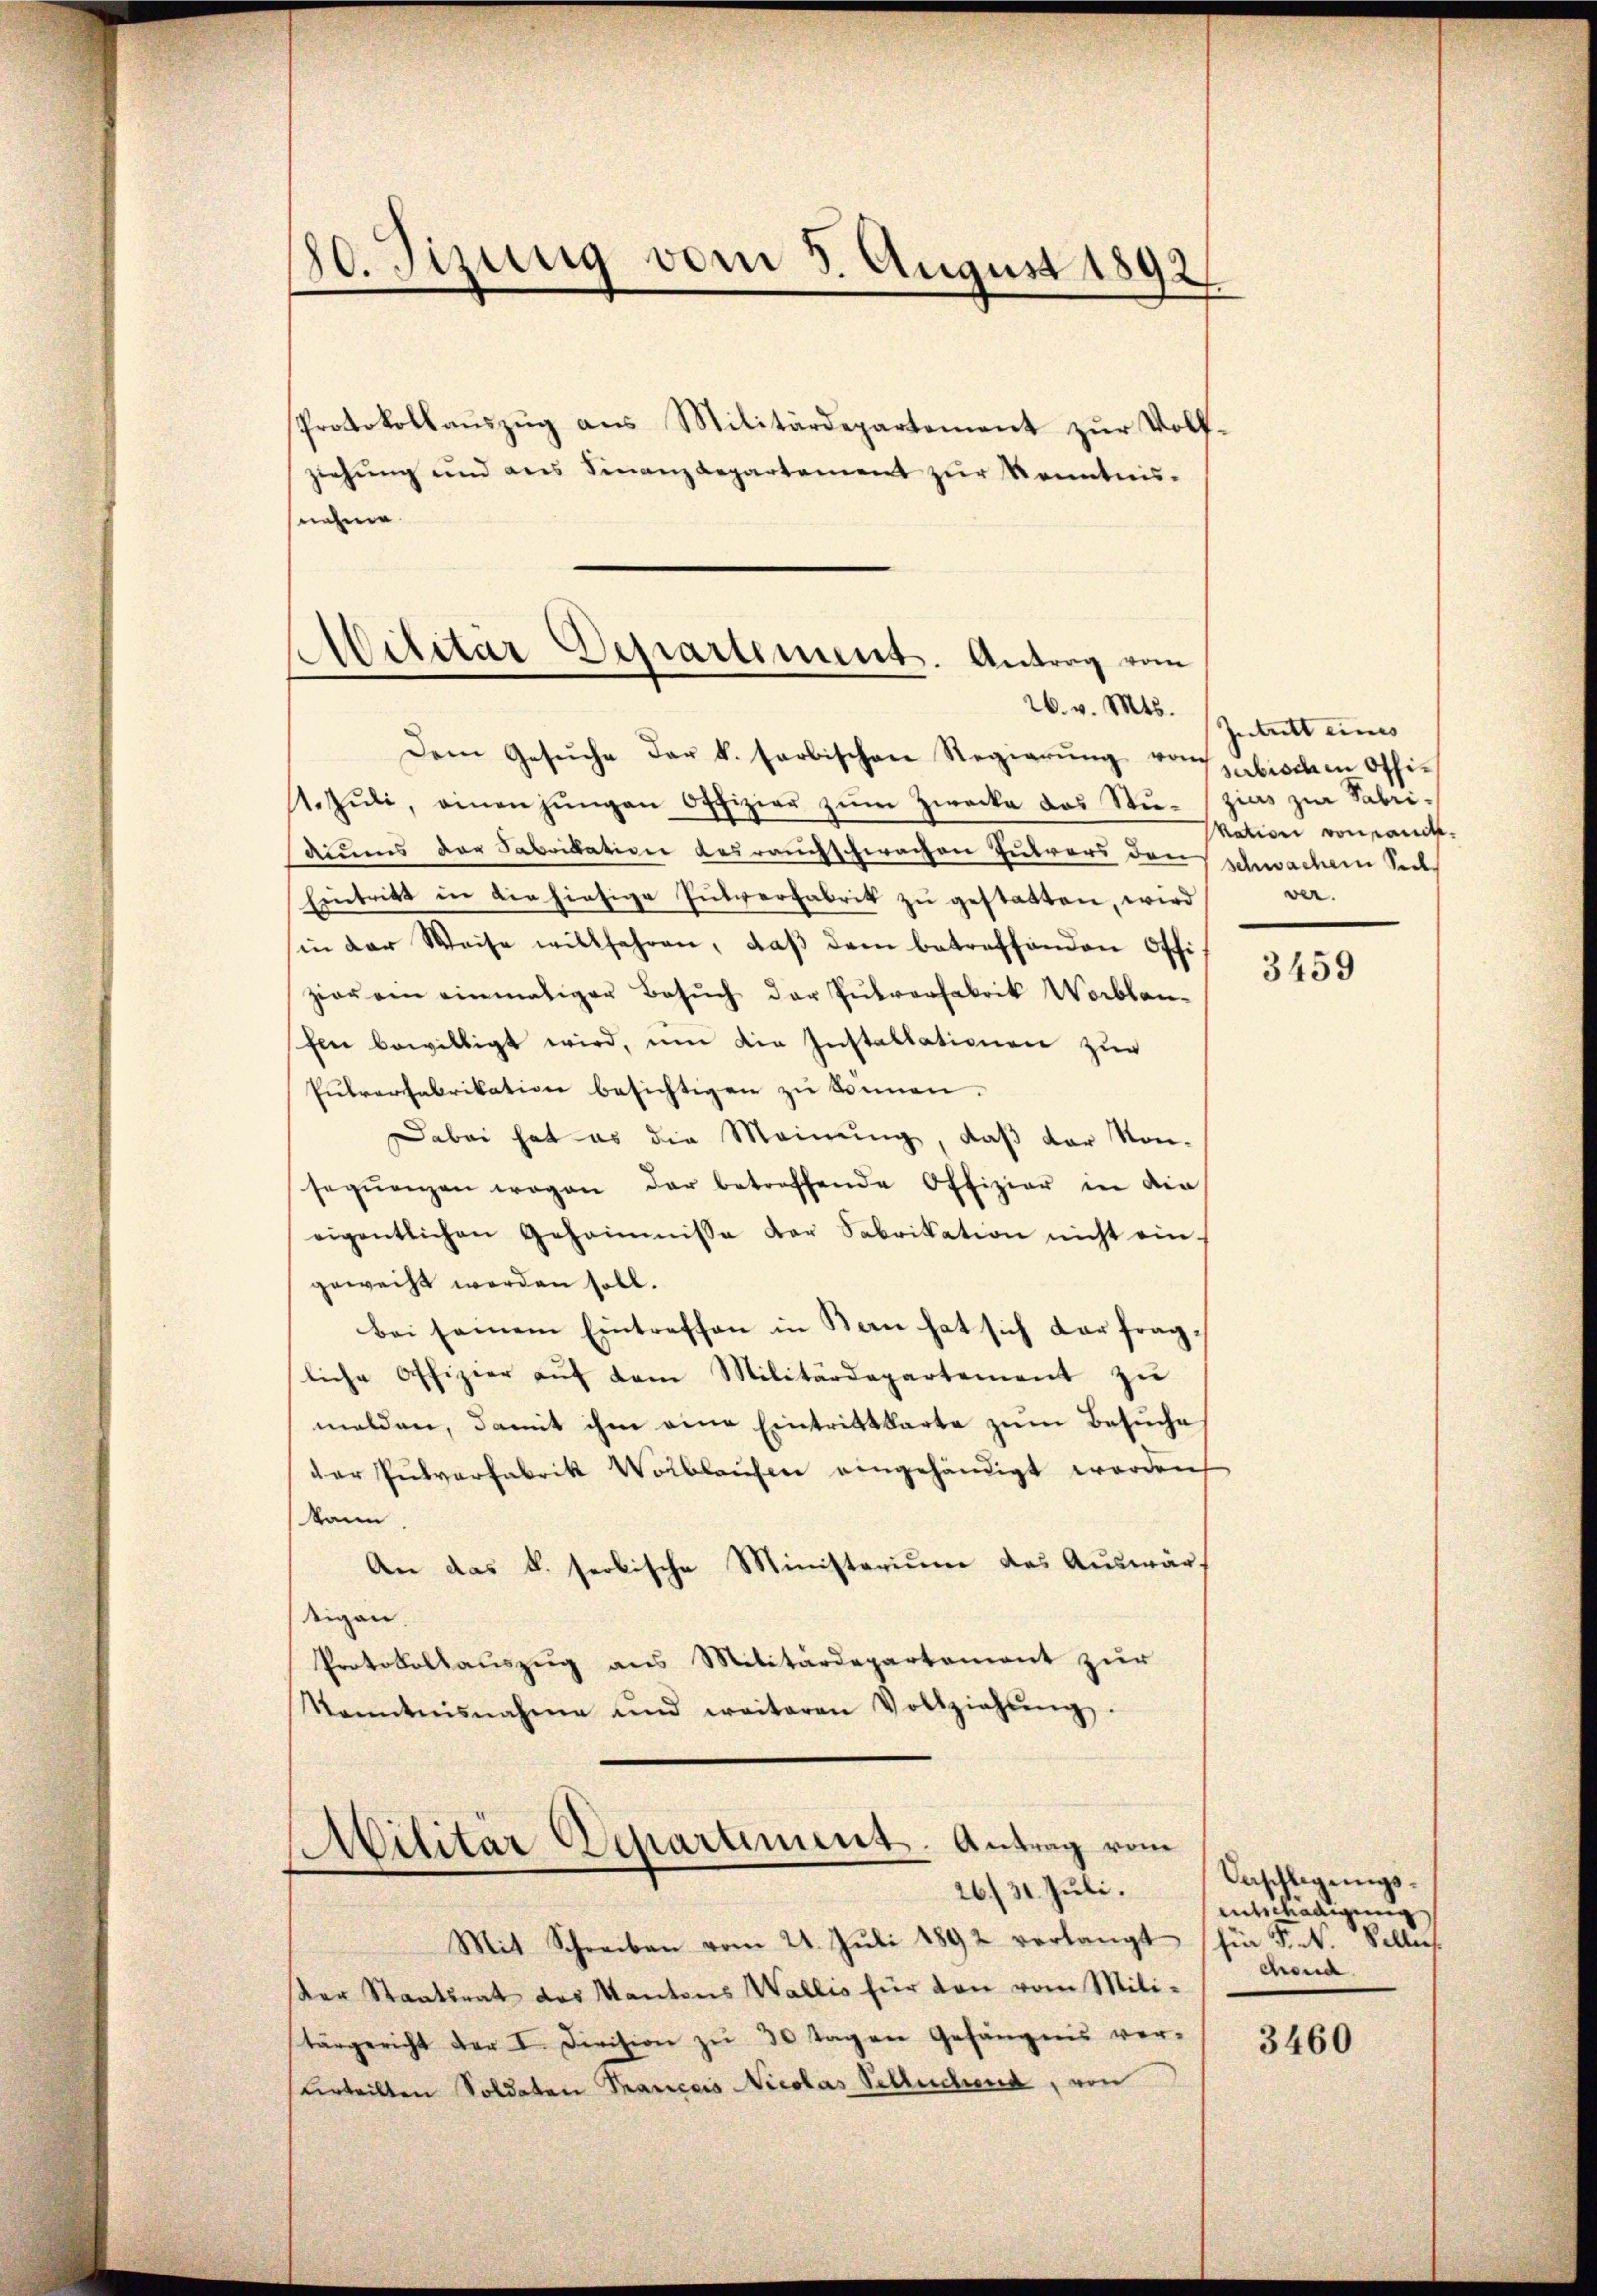
80. Tizung vom 3. August 1892
Protokollaŭszŭg ans Militärdepartement zŭr Volf-
ziehŭng und ans Finanzdepartement zŭr Kenntnis-
nehme

e
Dilitar Departement. Antrag vom
26. v. Mts.

Dem Gesŭche der k. farbischen Regierŭng vom
1. Jŭli, einen jungen Offizier zŭm Zwecke das Stŭ-zias zur Fabri¬
Aiums der Fabrikation des rauchschwachen Zutrars den schwachem Seel¬
Eintritt in verhiesige Futverfabrik zu gestatten, wird
sin der Weise willfahren, daβ dem betreffenden Offizier ein einmaliger Besuch der Pulverfabrik Worblan-
fen bewilligt wird, um die Installationen zur
Pulverfabrikation besichtigen zu können.
Dabei hat es die Meinung, daß der Kon-
seqŭenzen wegen der betreffende Offizier in die
eigentlichen Geheimnisse der Fabrikation nicht ein.
geweiht werden soll.
bei seinem Eintreffen in Bern hat sich dar fragliche Offizier aŭf dem Militärdepartement zu
melden, damit ihm eine Eintrittkarte zum Besuche
der Pulverfabrik Volblaufen eingehändigt worden
Wann
An das k. seolische Ministerium des Auswärdeigen
Protokollaŭszŭg ans Militärdepartement zŭr
Monntnisnahme und weiteren Vollziehŭng.

Militär Departiment. Antrag vom
26./31. Juli.

Mit Schreiben vom 21. Jŭli 1892 verlangt hin 5. N. Solle.
er Staatsrat des Kantons Wallis für den vom Mili-
tärgericht der I. Division zŭ 30 Tagen Gefängnis ver-
Urteilten Soldaten Prances Nicolas Schluchend, von

Intritt eines
subischen Othi¬
Nation von sandt.
ver.

3459

Baschlagungs¬
Entschädigung
chend

3460